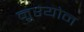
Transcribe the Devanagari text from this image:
नूरयोन